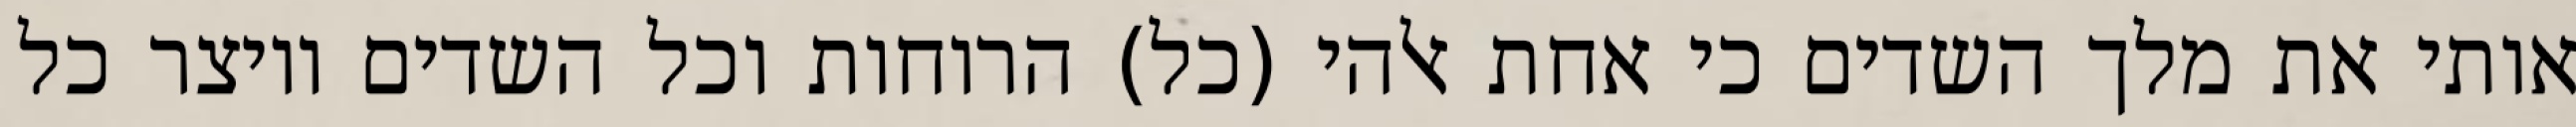
אותי את מלך השדים כי אחת אלהי (כל) הרוחות וכל השדים ויוצר כל